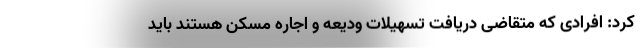
کرد: افرادی که متقاضی دریافت تسهیلات ودیعه و اجاره مسکن هستند باید